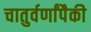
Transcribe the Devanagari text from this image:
चातुर्वर्णांपैकी